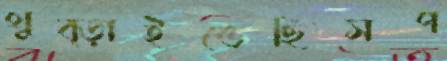
থুব্‌ড়াইতেছিসপ